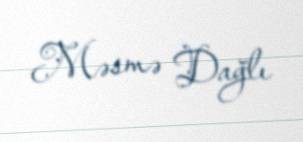
Məsmə Dağlı